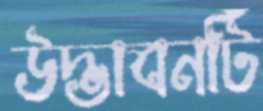
উদ্ভাবনটি